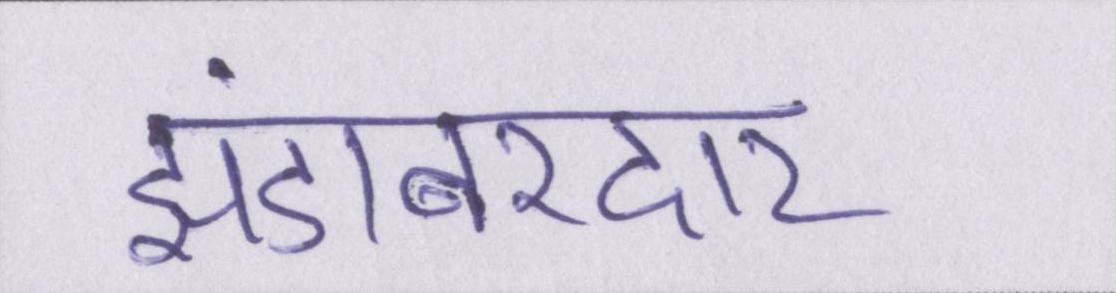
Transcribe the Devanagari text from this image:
झंडाबरदार